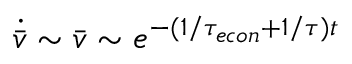
\begin{array} { r } { \dot { \bar { v } } \sim \bar { v } \sim e ^ { - ( 1 / { \tau _ { e c o n } } + 1 / \tau ) t } } \end{array}